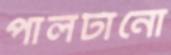
পালটানো